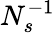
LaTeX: N_{s}^{-1}